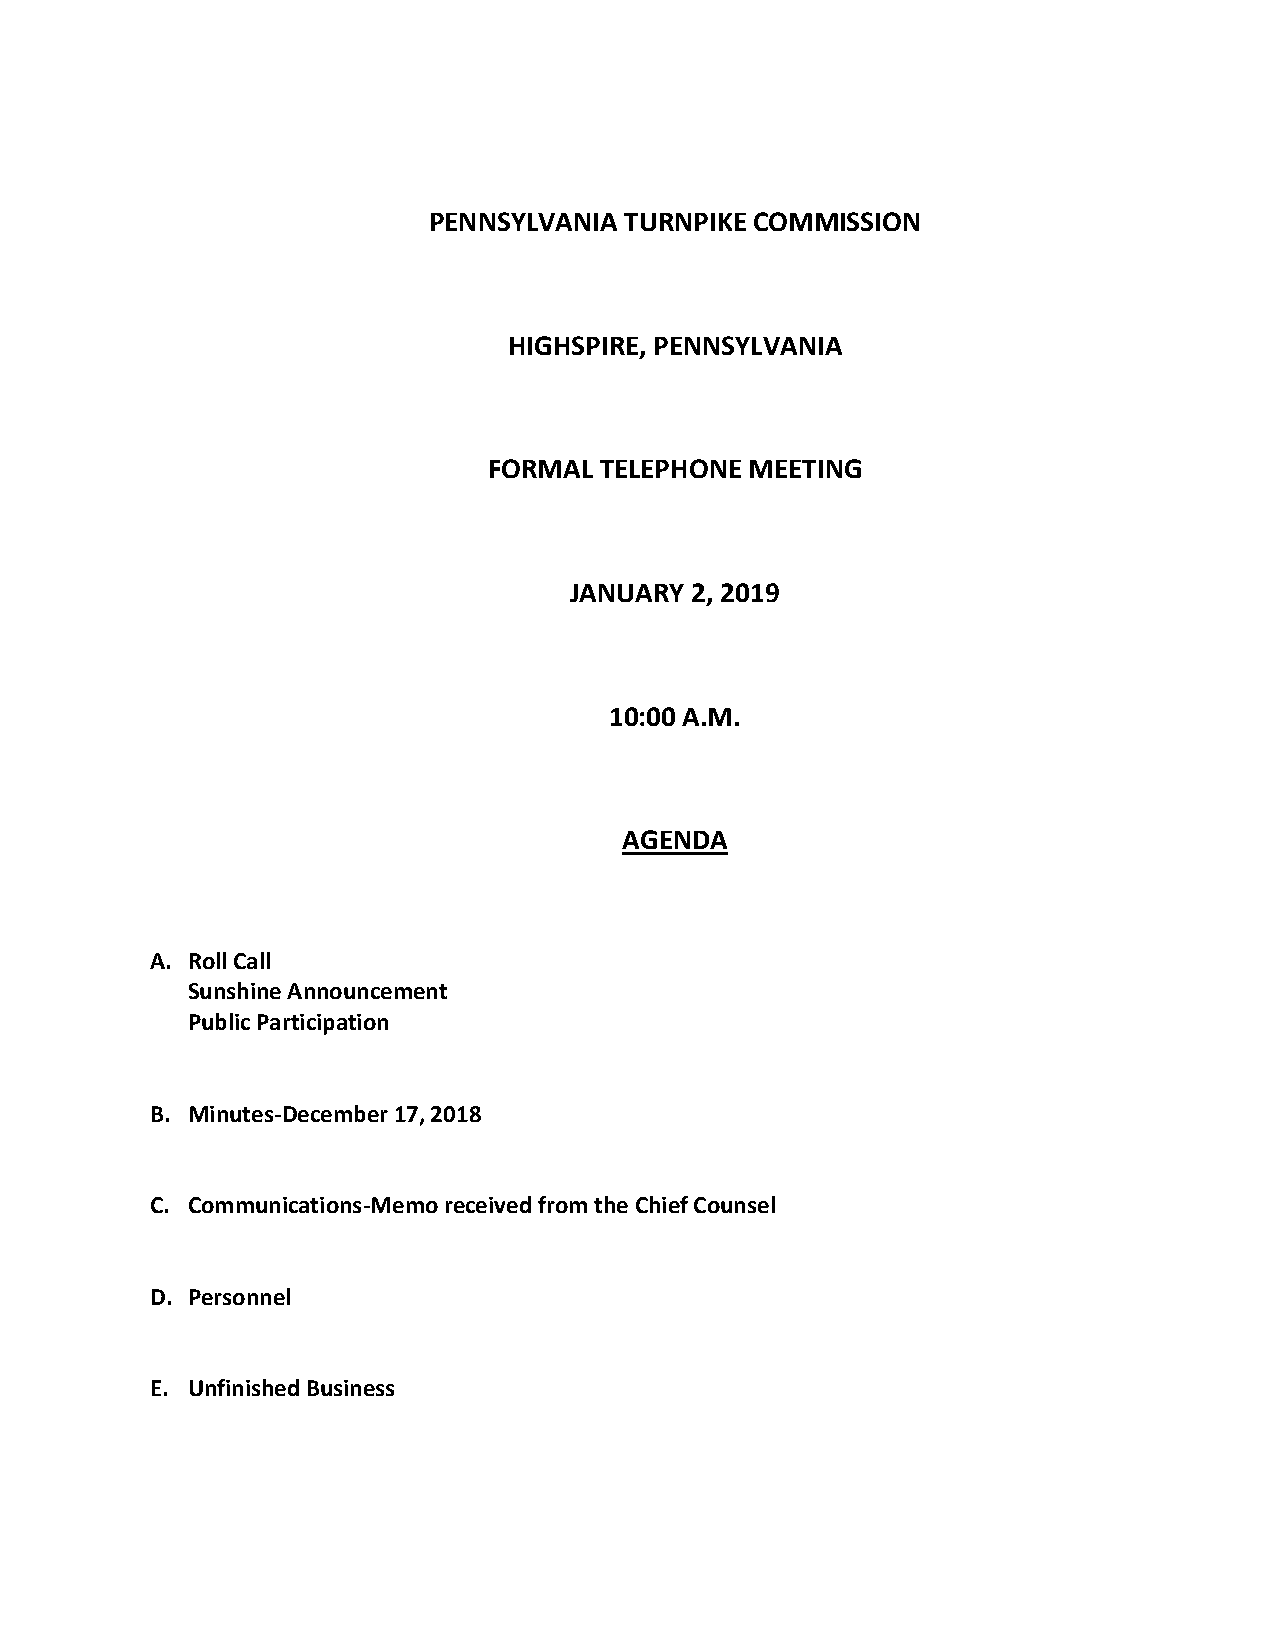
PENNSYLVANIA TURNPIKE COMMISSION
 HIGHSPIRE, PENNSYLVANIA
 FORMAL  TELEPHONE MEETING
 JANUARY 2, 2019
 10:00 A.M.
 AGENDA
 A. Roll Call
 Sunshine Announcement
 Public Participation
 B. Minutes-December 17, 2018
 C. Communications-Memo received from the Chief Counsel
 D. Personnel
 E. Unfinished Business